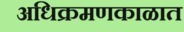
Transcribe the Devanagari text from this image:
अधिक्रमणकाळात